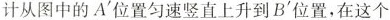
计从图中的A'位置匀速竖直上升到B'位置，在这个